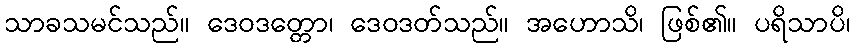
သာခသမင်သည်။ ဒေဝဒတ္တော၊ ဒေဝဒတ်သည်။ အဟောသိ၊ ဖြစ်၏။ ပရိသာပိ၊